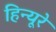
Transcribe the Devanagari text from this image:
हिन्यूरे